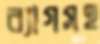
ব্যাগসহ